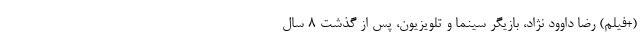
(+فیلم) رضا داوود نژاد، بازیگر سینما و تلویزیون، پس از گذشت ۸ سال